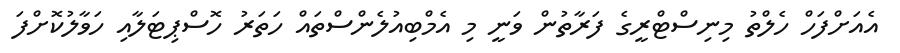
އެއަށްފަހް ހެލްތު މިނިސްޓްރީގެ ފަރާތުން ވަނީ މި އެމްބިއުލެންސްތައް ހަތަރު ހޮސްޕިޓަލާއި ހަވާލުކޮށްފަ